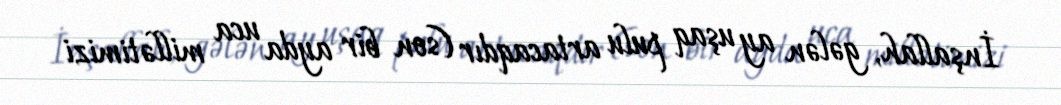
İnşallah, gələn ay uşaq pulu artacaqdır (son bir ayda uca millətimizi